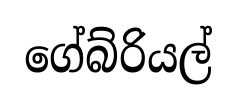
ගේබ්රියල්